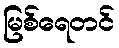
မြစ်ရေတင်